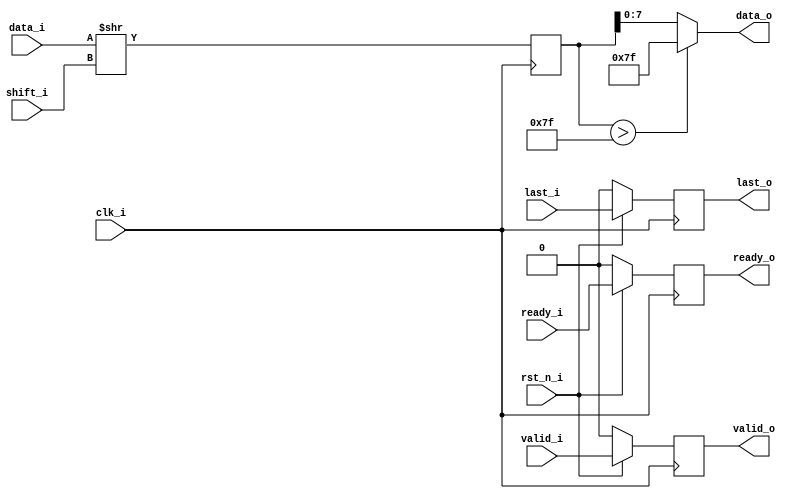
// ============================================================================
// Quantizer
// Design: Eldrick Millares
// Verification: Matthew Pauly
// Notes:
// ============================================================================

module quantizer #(
    parameter I_BW     = 32,
    parameter O_BW     = 8,
    parameter SHIFT_BW = $clog2(I_BW)
) (
    input                    clk_i,
    input                    rst_n_i,

    input [SHIFT_BW - 1 : 0] shift_i,

    input [I_BW - 1 : 0]     data_i,
    input                    valid_i,
    input                    last_i,
    output                   ready_o,

    output [O_BW - 1 : 0]    data_o,
    output                   valid_o,
    output                   last_o,
    input                    ready_i
);

    localparam [O_BW - 1 : 0] saturate_point = {1'b0, {O_BW - 1{1'b1}}};

    reg [I_BW - 1 : 0] shifted;

    always @(posedge clk_i) begin
        shifted <= (data_i >> shift_i);
    end

    wire [O_BW - 1 : 0] truncated;
    assign truncated = shifted[O_BW - 1 : 0];

    // register all outputs
    reg valid_q, last_q, ready_q;
    always @(posedge clk_i) begin
        if (!rst_n_i) begin
            valid_q <= 'b0;
            last_q  <= 'b0;
            ready_q <= 'b0;
        end else begin
            valid_q <= valid_i;
            last_q  <= last_i;
            ready_q <= ready_i;
        end
    end

    assign data_o  = (shifted > saturate_point) ? saturate_point :
                                                  shifted[O_BW - 1 : 0];
    assign valid_o = valid_q;
    assign last_o  = last_q;
    assign ready_o = ready_q;

    // =========================================================================
    // Simulation Only Waveform Dump (.vcd export)
    // =========================================================================
    `ifdef COCOTB_SIM
    `ifndef SCANNED
    `define SCANNED
    initial begin
        $dumpfile ("wave.vcd");
        $dumpvars (0, quantizer);
        #1;
    end
    `endif
    `endif

endmodule